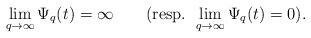
\begin{align*} \lim_{q\rightarrow\infty}\Psi_q(t)=\infty\qquad(\textrm{resp. }\lim_{q\rightarrow \infty} \Psi_q(t)=0).\end{align*}